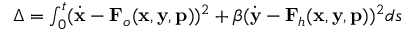
\begin{array} { r } { \Delta = \int _ { 0 } ^ { t } ( \dot { \mathbf { x } } - \mathbf { F } _ { o } ( \mathbf { x } , \mathbf { y } , \mathbf { p } ) ) ^ { 2 } + \beta ( \dot { \mathbf { y } } - \mathbf { F } _ { h } ( \mathbf { x } , \mathbf { y } , \mathbf { p } ) ) ^ { 2 } d s } \end{array}